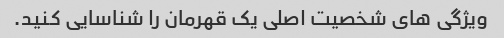
ویژگی های شخصیت اصلی یک قهرمان را شناسایی کنید.